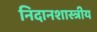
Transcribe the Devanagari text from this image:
निदानशास्त्रीय